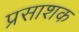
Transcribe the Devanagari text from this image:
प्रसाशक